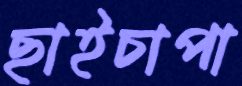
ছাইচাপা